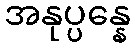
အနုပ္ပန္နေ